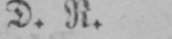
D. R.